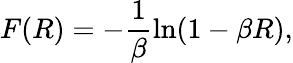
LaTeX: F(R)=-\frac{1}{\beta}\ln(1-\beta R),